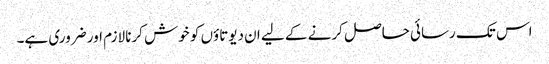
اس تک رسائی حاصل کرنے کے لیے ان دیوتاؤں کو خوش کرنا لازم اور ضروری ہے۔